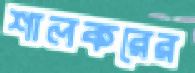
শালকরের